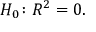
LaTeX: H _ { 0 } \colon R ^ { 2 } = 0 .